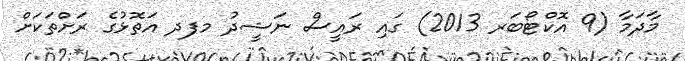
މާދަމާ (9 އޮކްޓޯބަރ 2013) ގައި ރައީސް ނަޝީދު މފދ އަތޮޅުގެ ރަށްތަކަށް